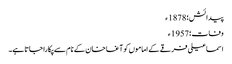
پیدائش؛ 1878ء
وفات؛ 1957ء
اسماعیلی فرقے کے اماموں کو آغا خان کے نام سے پکارا جاتا ہے۔